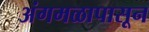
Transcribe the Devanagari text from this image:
अंगमळापासून